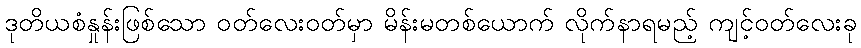
ဒုတိယစံနှုန်းဖြစ်သော ဝတ်လေးဝတ်မှာ မိန်းမတစ်ယောက် လိုက်နာရမည့် ကျင့်ဝတ်လေးခု